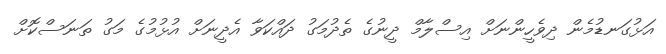
އަޅުގަނޑުމެން ދިވެހީންނަށް އިސްލާމް ދީނުގެ ތެދުމަގު ދައްކަވާ އެދީނަށް އުޅުމުގެ މަގު ތަނަސްކޮށް